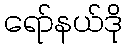
ရော်နယ်ဒို